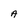
Character: A